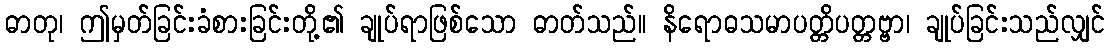
ဓာတု၊ ဤမှတ်ခြင်းခံစားခြင်းတို့၏ ချုပ်ရာဖြစ်သော ဓာတ်သည်။ နိရောဓသမာပတ္တိပတ္တဗ္ဗာ၊ ချုပ်ခြင်းသည်လျှင်